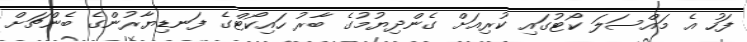
ފަހު އެ މައްސަލަ ކޯޓުގައި ކުރިއަށް ގެންދިޔުމުގެ ބާރު ހައިކޯޓްގެ ފަނޑިޔާރުންގެ ބެންޗަށް